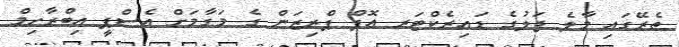
ތެރޭގައި މާލެ ޖަލުގެ ޑައިރެކްޓަރ އޮފް ޕްރިޒަން ގެ މަގާމަށް އެސްޕީ އިބްރާހިމް